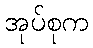
အုပ်စုက